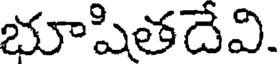
భూషితదేవి.